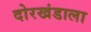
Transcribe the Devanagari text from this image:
दोरखंडाला